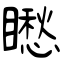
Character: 矁